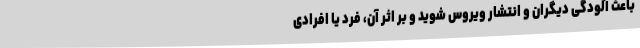
باعث آلودگی دیگران و انتشار ویروس شوید و بر اثر آن، فرد یا افرادی